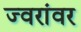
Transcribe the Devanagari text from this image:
ज्वरांवर